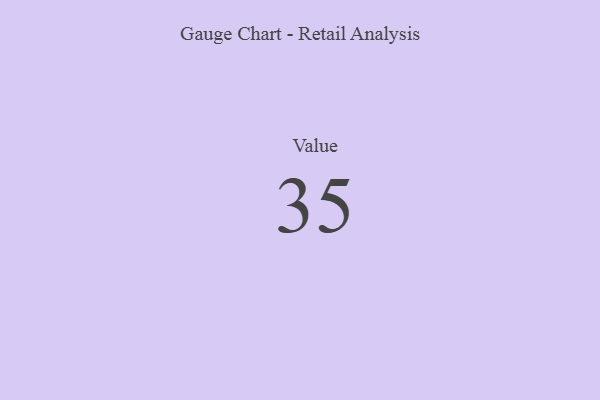
{"axis": {"x": "Metric", "y": "Value"}, "legend": [""], "data": [{"x": "Value", "y": 35, "type": ""}]}